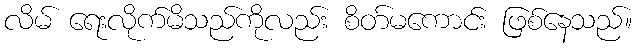
လိမ် ရေးလိုက်မိသည်ကိုလည်း စိတ်မကောင်း ဖြစ်နေသည်။